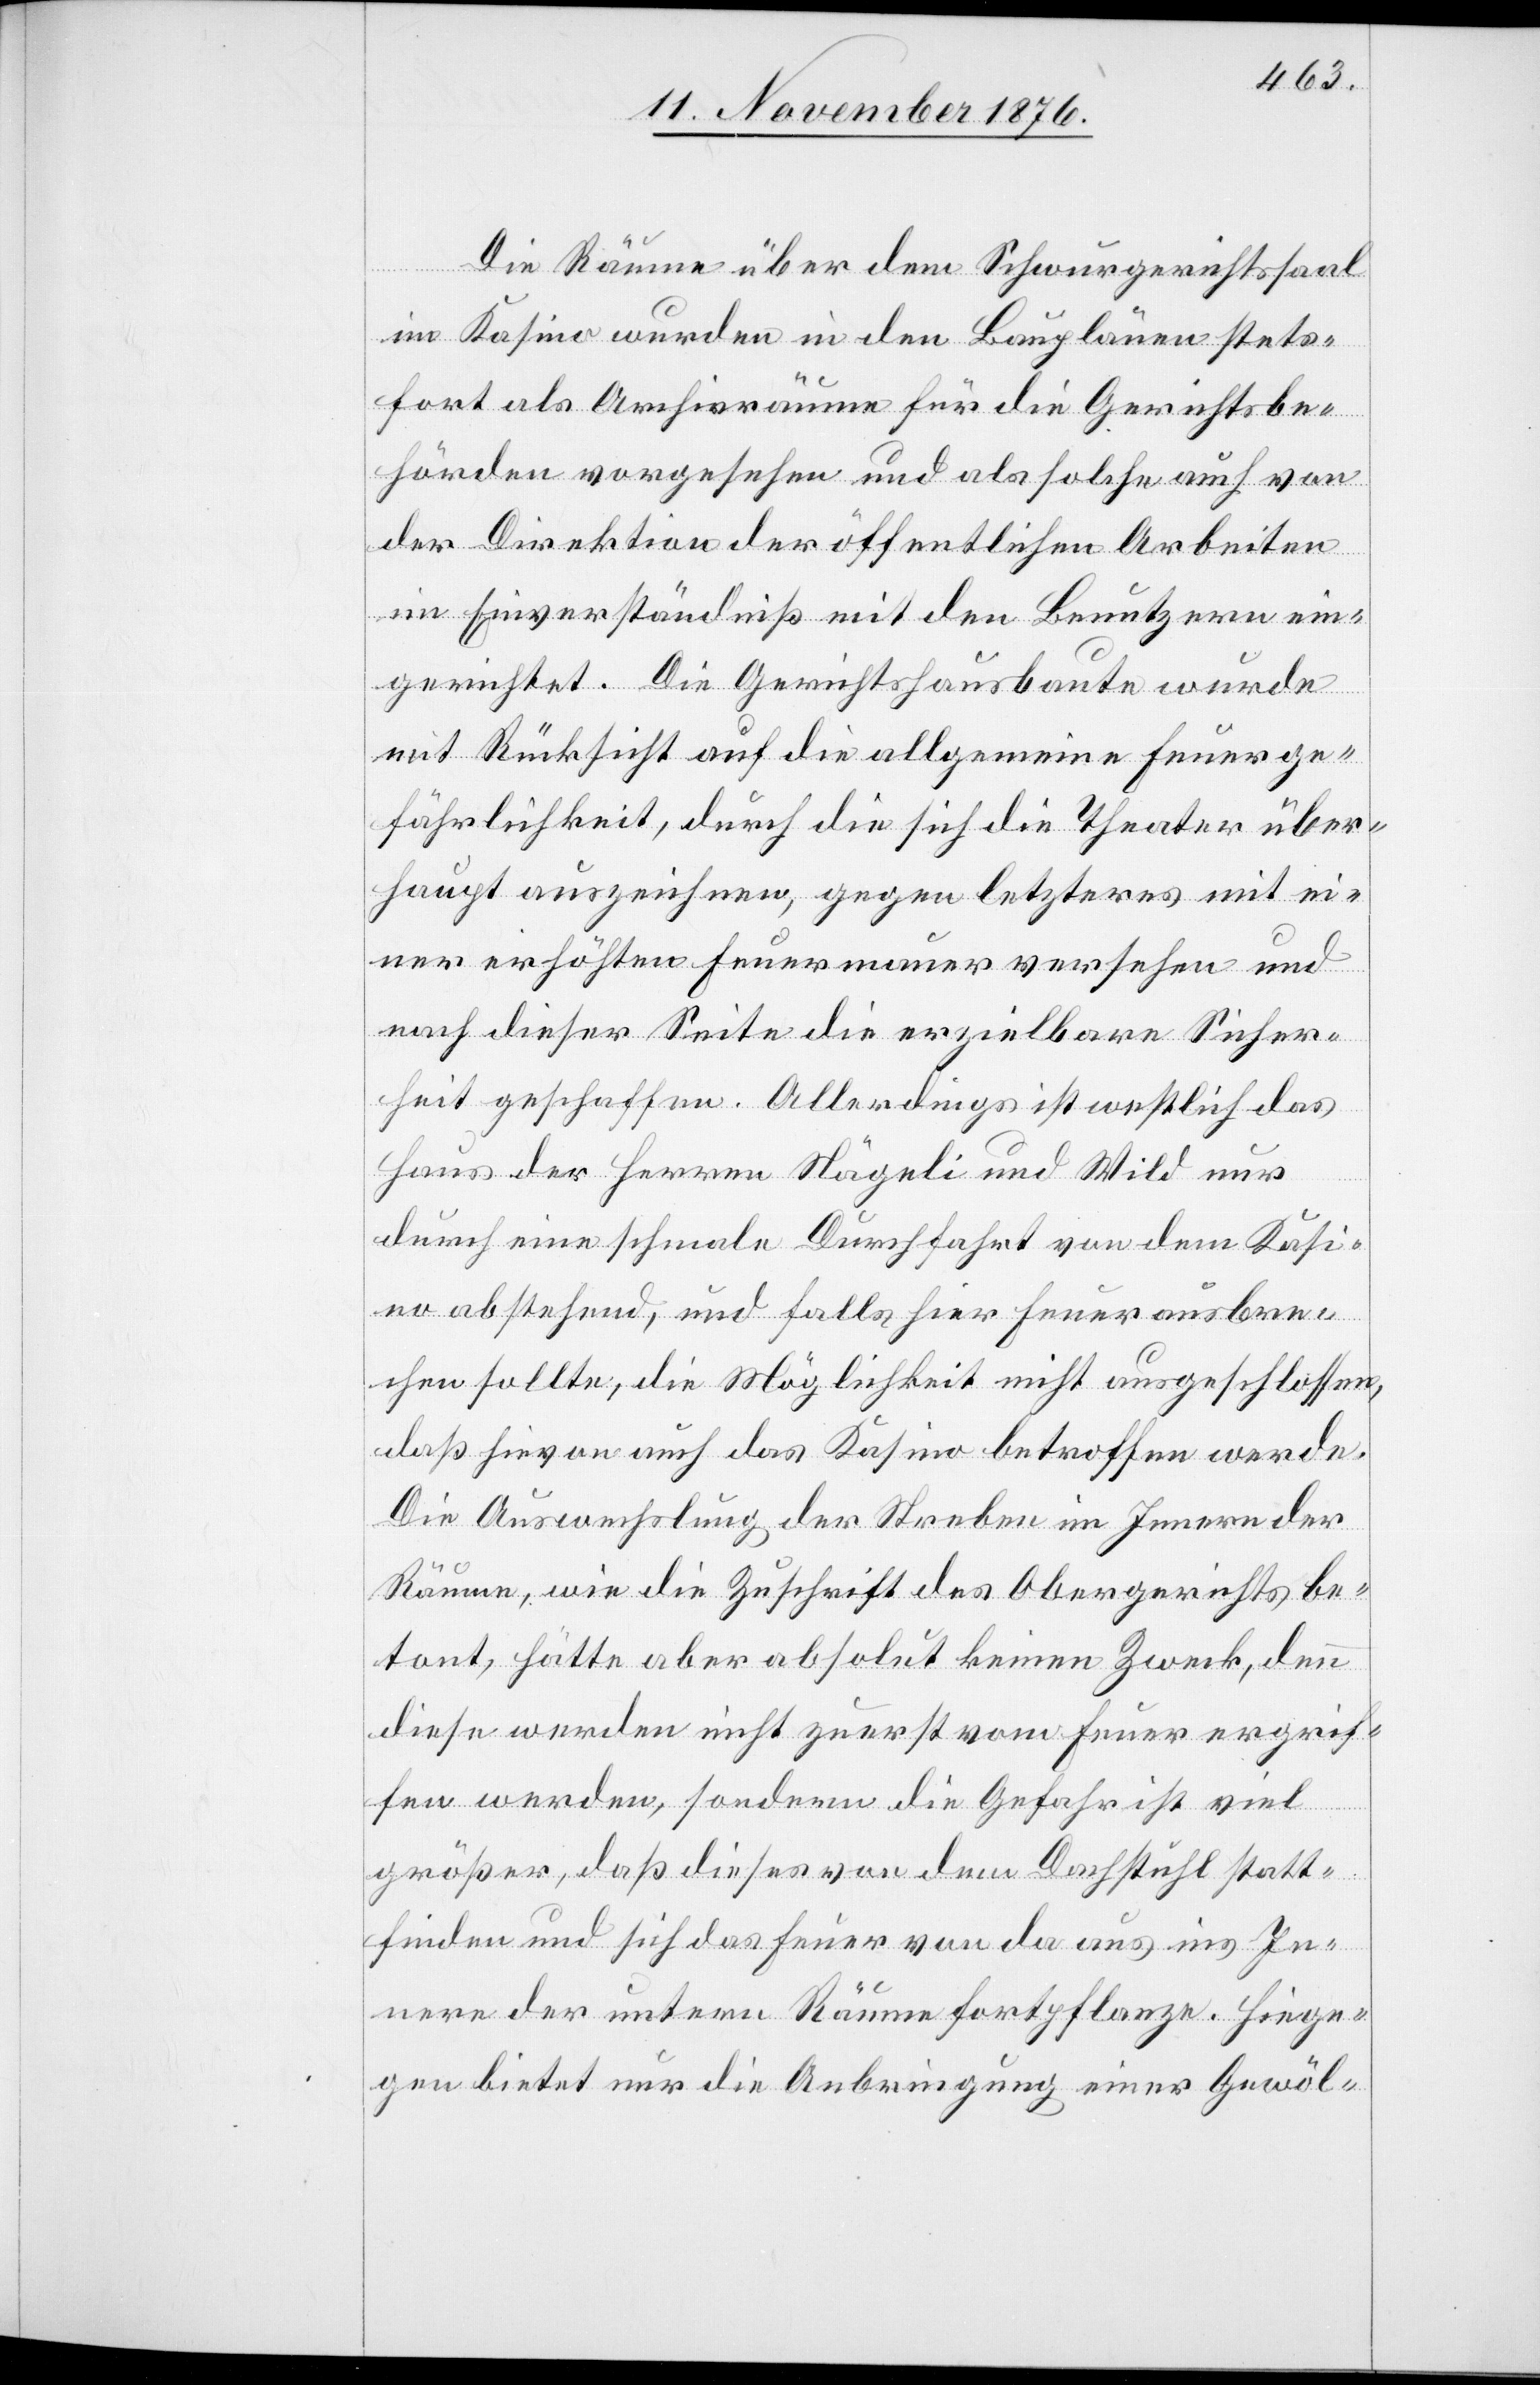
Die Räume über dem Schwurgerichtssaal
im Kasino wurden in den Bauplänen stets¬
fort als Archivräume für die Gerichtsbe¬
hörden vorgehsehen und als solche auch von
der Direktion der öffentlichen Arbeiten
im Einverständniß mit den Benutzern ein¬
gerichtet. Die Gerichtshausbaute wurde
mit Rücksicht auf die allgemeine Feuerge¬
fährlichkeit, durch die sich die Theater über¬
haupt auszeichnen, gegen letzteres mit ei¬
ner erhöhten Feuermauer versehen und
nach dieser Seite die erzielbare Sicher¬
heit geschaffen. Allerdings ist westlich das
Haus der Herren Nägeli und Wild nur
durch eine schmale Durchfahrt von dem Kasi¬
no abstehend, und falls hier Feuer ausbre¬
chen sollte, die Möglichkeit nicht ausgeschlossen,
daß hievon auch das Kasino betroffen werde.
Die Auswechslung der Streben im Innern der
Räume, wie die Zuschrift des Obergerichts be¬
tont, hätte aber absolut keinen Zweck, denn
diese werden nicht zuerst vom Feuer ergrif¬
fen werden, sondern die Gefahr ist viel
größer, daß dieses von dem Dachstuhl statt¬
finden und sich das Feuer von da aus ins In¬
nere der untern Räume fortpflanze. Hiege¬
gen bietet nur die Anbringung einer Gewöl-